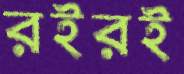
রইরই